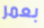
بعمر